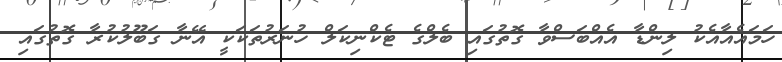
ހަަމައެއާއެކު ލިންޑާ އެއްބަސްވާ ގޮތުގައި ބެލްގެ ޓެކްނިކަލް ހުނަރުތަކަކީ އޭނާ ގަބޫލުކުރާ ގޮތުގައި